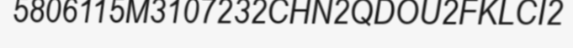
5806115M3107232CHN2QDOU2FKLCI2